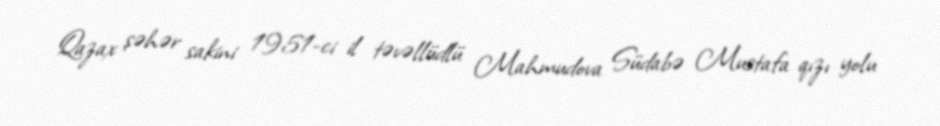
Qazax şəhər sakini 1951-ci il təvəllüdlü Mahmudova Südabə Mustafa qızı yolu